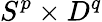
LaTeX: S^{p}\times D^{q}